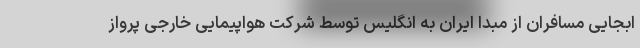
ابجایی مسافران از مبدا ایران به انگلیس توسط شرکت هواپیمایی خارجی پرواز